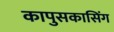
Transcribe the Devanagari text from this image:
कापुसकासिंग